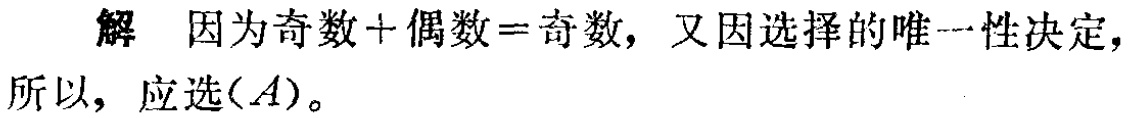
解 因为奇数+偶数=奇数，又因选择的唯一性决定，所以，应选$(A)$。